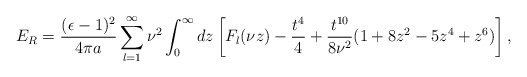
\begin{align*}E_R={(\epsilon-1)^2\over4\pi a}\sum_{l=1}^\infty \nu^2\int_0^\infty dz\left[F_l(\nu z)-{t^4\over4}+{t^{10}\over8\nu^2}(1+8z^2-5z^4+z^6)\right],\end{align*}